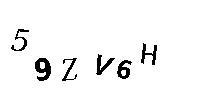
59ZV6H